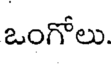
ఒంగోలు.